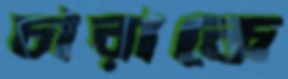
চারাকে